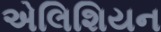
એલિશિયન